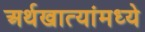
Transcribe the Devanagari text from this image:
अर्थखात्यांमध्ये